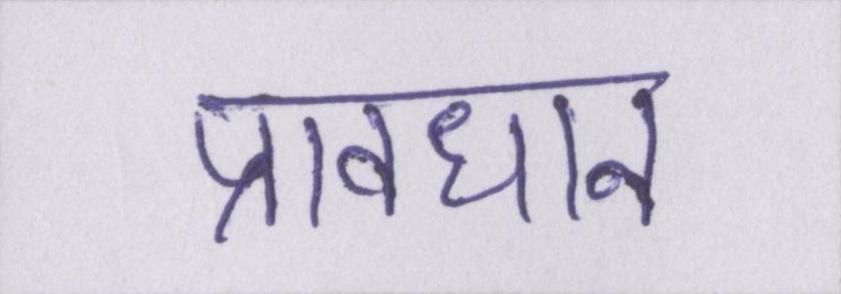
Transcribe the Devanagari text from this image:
प्रावधान